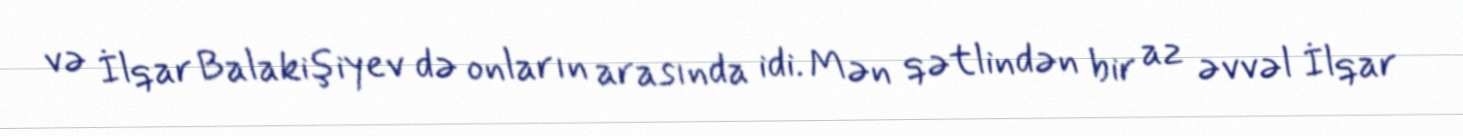
və İlqar Balakişiyev də onların arasında idi. Mən qətlindən bir az əvvəl İlqar